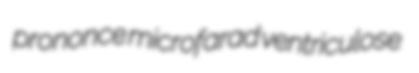
prononce microfarad ventriculose